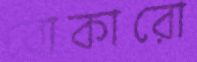
বোকারো